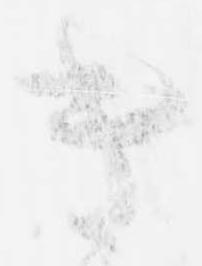
き